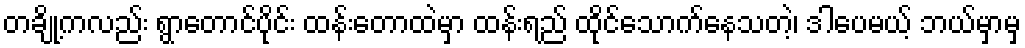
တချို့ကလည်း ရွာတောင်ပိုင်း ထန်းတောထဲမှာ ထန်းရည် ထိုင်သောက်နေသတဲ့၊ ဒါပေမယ့် ဘယ်မှာမှ